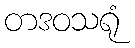
တဒဝသရုံ